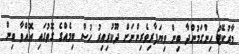
މާރުކޭޓު ހިންގަމުންދާ ބިން ވިޔަފާރިވެރިންނަށް ދޫކުރިއިރު ހުސް ބިމެއްގެ ގޮތުގައި އޮއްވާ ބިން